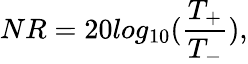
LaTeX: NR=20log_{10}(\frac{T_{+}}{T_{-}}),